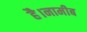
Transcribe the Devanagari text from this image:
है।नामीब